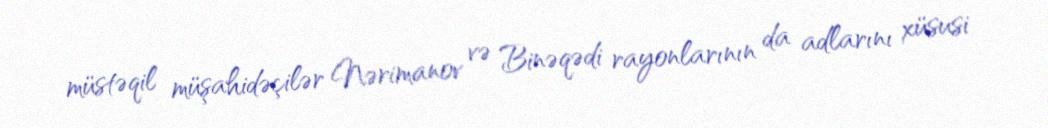
müstəqil müşahidəçilər Nərimanov və Binəqədi rayonlarının da adlarını xüsusi